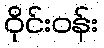
ဝိုင်းဝန်း